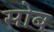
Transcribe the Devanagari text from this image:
सोब